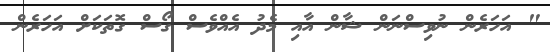
" އަހަރެން ނުވިސްނަން ޝާން އާއި މެދު އެއްވެސް ގޯސް ގޮތަކަށް އަހަރެން